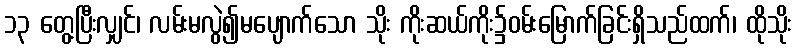
၁၃ တွေ့ပြီးလျှင်၊ လမ်းမလွဲ၍မပျောက်သော သိုး ကိုးဆယ်ကိုး၌ဝမ်းမြောက်ခြင်းရှိသည်ထက်၊ ထိုသိုး